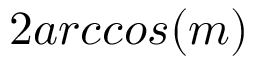
2 a r c c o s ( m )